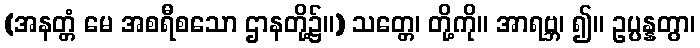
(အနတ္တံ မေ အစရီစသော ဌာနတို့၌။) သတ္တေ၊ တို့ကို။ အာရဗ္ဘ၊ ၍။ ဥပ္ပန္နတွာ၊